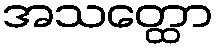
အသတ္ထော